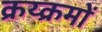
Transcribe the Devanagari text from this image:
क्रय्क्रमों